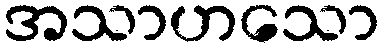
အသာဟသော